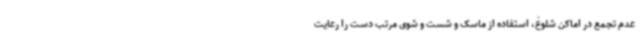
عدم تجمع در اماکن شلوغ، استفاده از ماسک و شست و شوی مرتب دست را رعایت